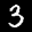
Label: 3